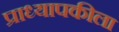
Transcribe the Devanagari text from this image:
प्राध्यापकीला